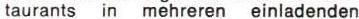
taurants in mehreren einladenden